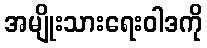
အမျိုးသားရေးဝါဒကို